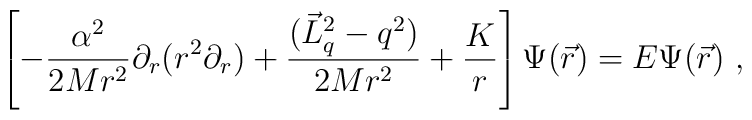
\left[-\frac{\alpha^2}{2Mr^2}\partial_r(r^2\partial_r)+\frac{(\vec{L}_q^2-q^2)}{2Mr^2}+\frac Kr\right]\Psi(\vec r)=E\Psi(\vec r) \ ,